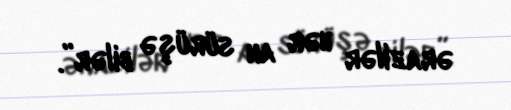
ərazilər hər an sürüşə bilər”.